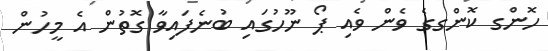
ހޮންގ ކޮންގގެ ވެން ވެއި ޕޯ ނޫހުގައި ބުނެފައިވާ ގޮތުން އެ މީހުން